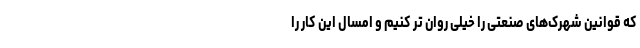
که قوانین شهرک‌های صنعتی را خیلی روان تر کنیم و امسال این کار را